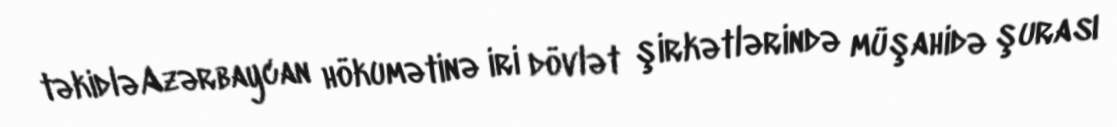
təkidləAzərbaycan hökumətinə iri dövlət şirkətlərində müşahidə şurası